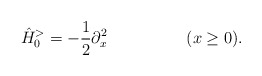
\begin{align*}\hat{H}_0^> = -\frac{1}{2} \partial_x^2\hspace{2.0cm}(x \geq 0).\end{align*}